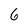
Character: 6